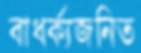
বাধর্ক্যজনিত